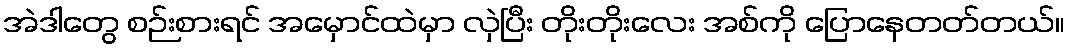
အဲဒါတွေ စဉ်းစားရင် အမှောင်ထဲမှာ လှဲပြီး တိုးတိုးလေး အစ်ကို ပြောနေတတ်တယ်။